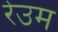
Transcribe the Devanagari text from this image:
रेउम